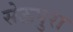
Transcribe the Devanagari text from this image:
सेऊपुरा